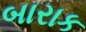
બારાક